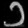
Digit: ၁